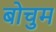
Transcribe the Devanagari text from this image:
बोचुम